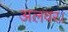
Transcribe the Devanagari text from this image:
अलवर।